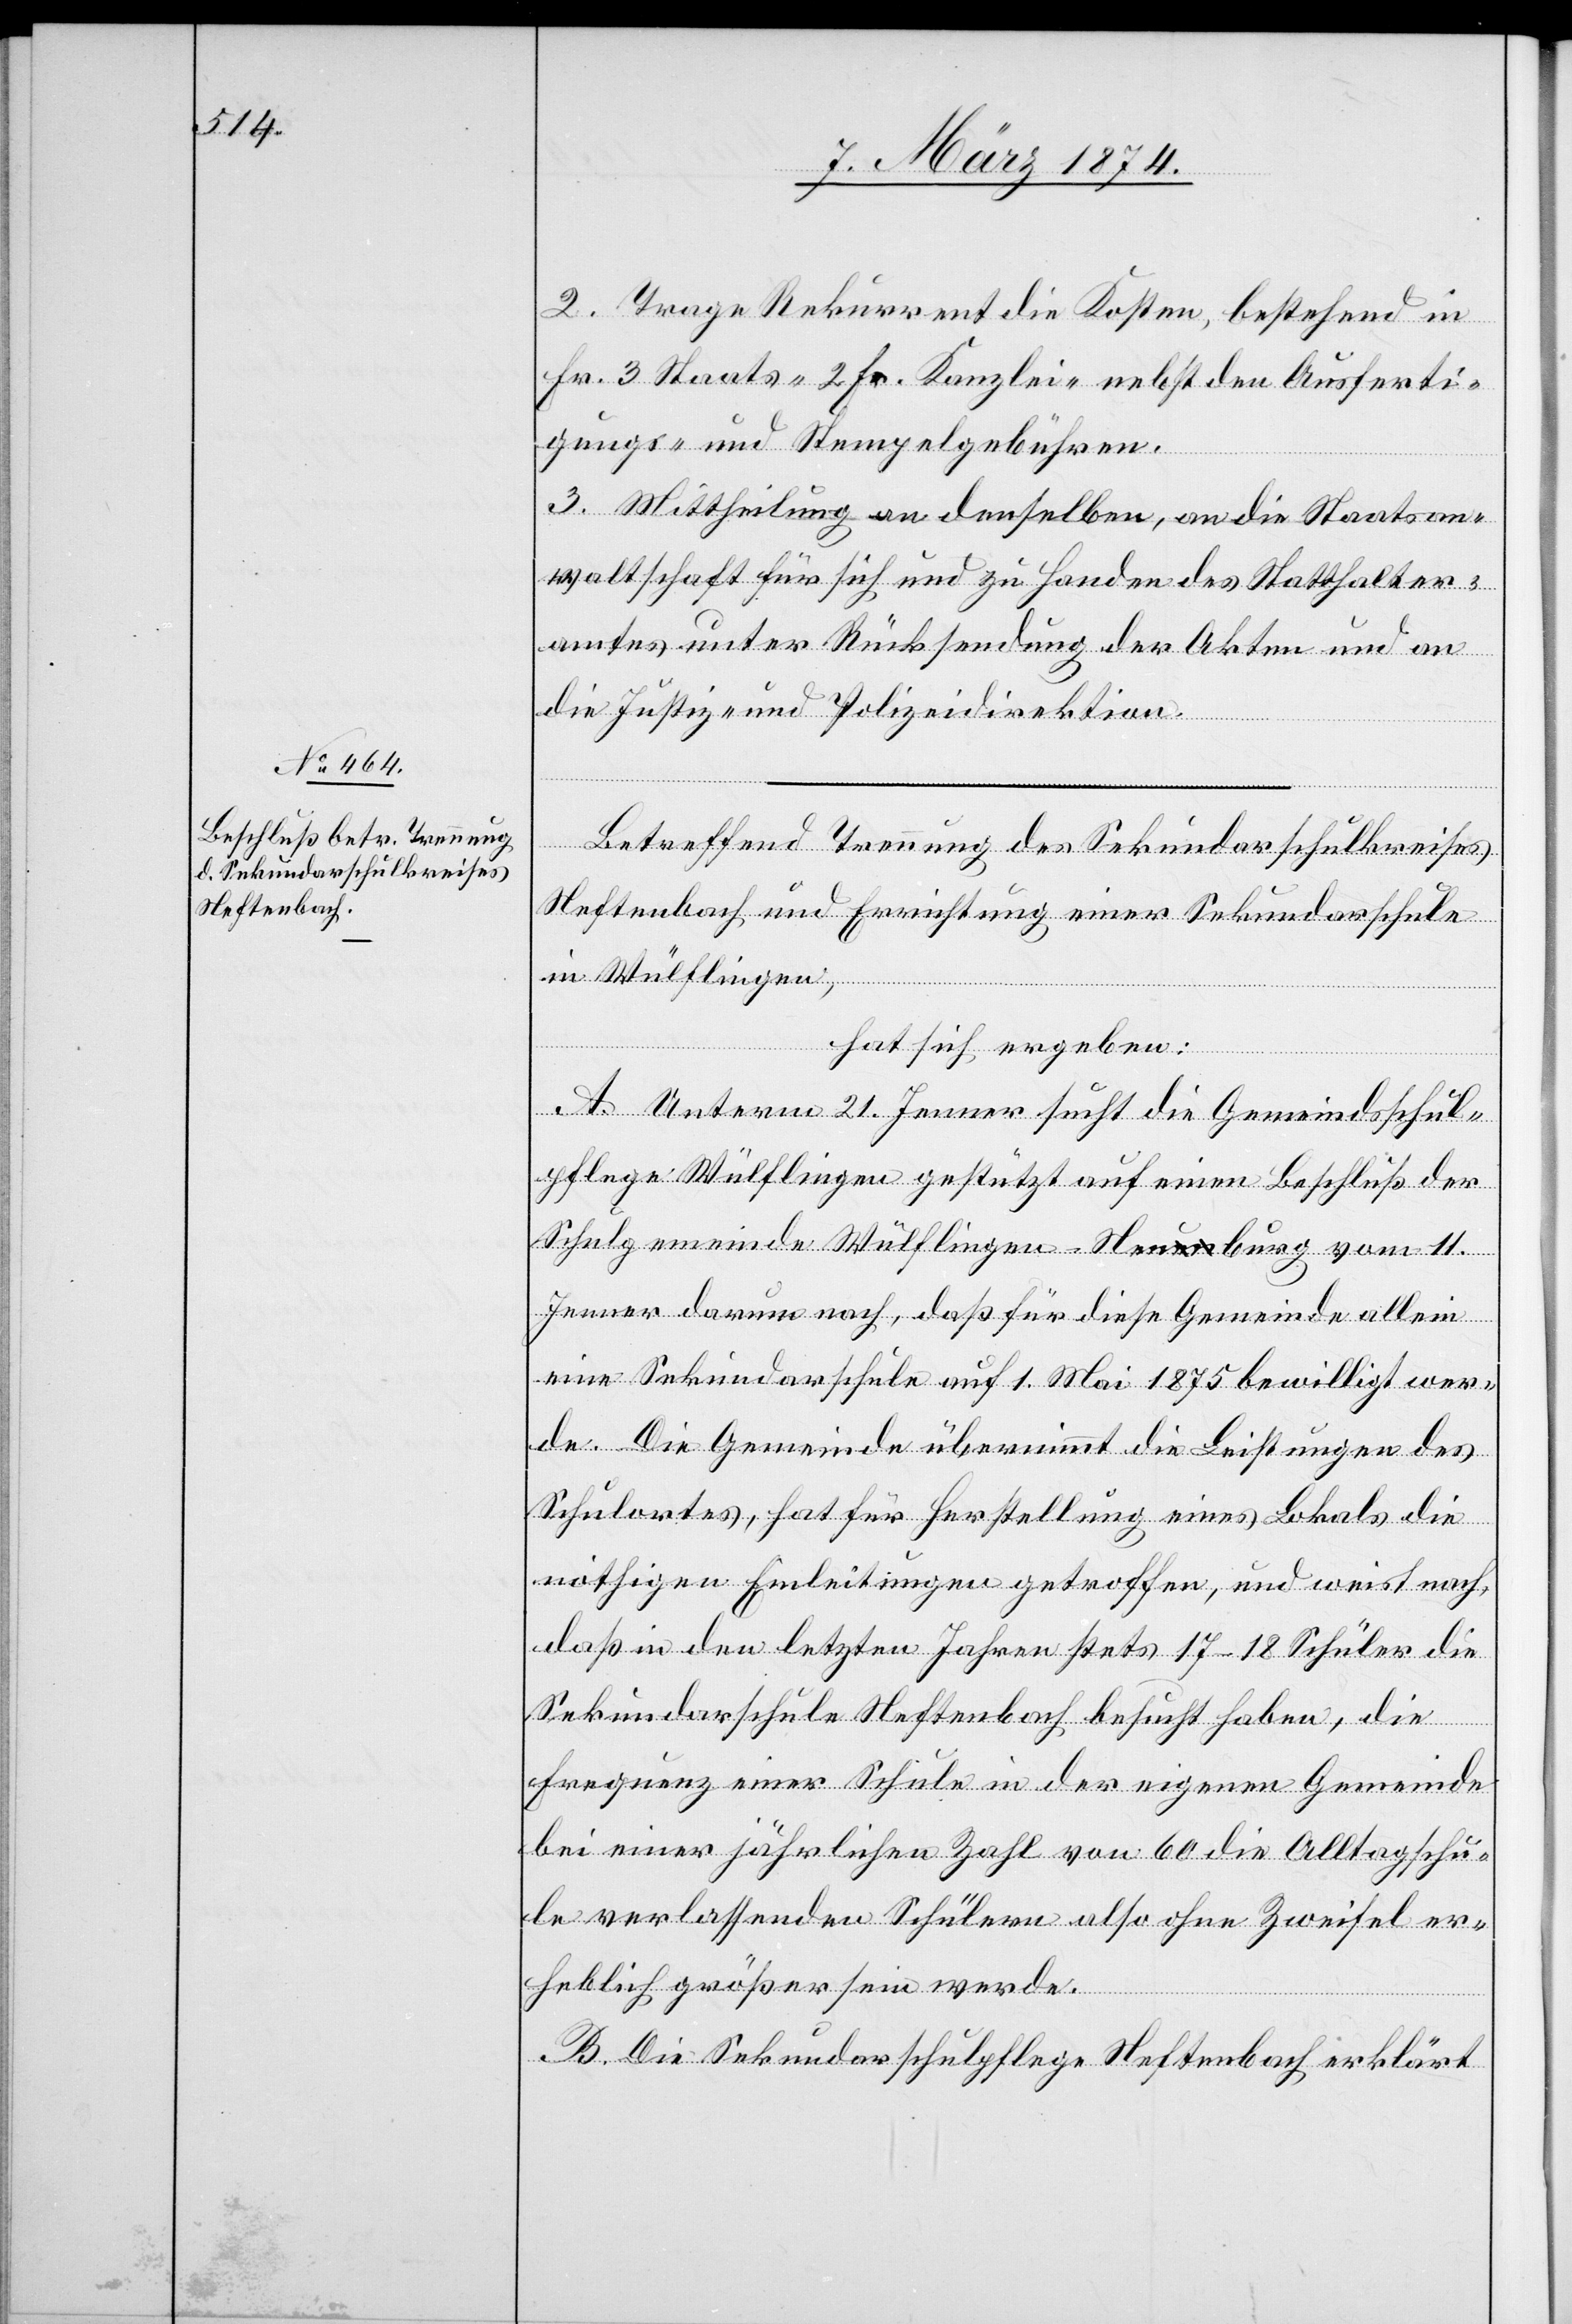
2. Trage Rekurrent die Kosten, bestehend in
Fr. 3 Staats-[,] 2 Fr. Kanzlei- nebst den Ausferti¬
gungs- und Stempelgebühren.
3. Mittheilung an denselben, an die Staatsan¬
waltschaft für sich und zu Handen des Statthalter¬
amtes unter Rücksendung der Akten und an
die Justiz- und Polizeidirektion.
Betreffend Trennung des Sekundarschulkreises
Neftenbach und Errichtung einer Sekundarschule
in Wülflingen,
hat sich ergeben:
A. Unterm 21. Jenner sucht die Gemeindschul¬
pflege Wülflingen gestützt auf einen Beschluß der
Schulgemeinde Wülflingen-Neuburg vom 11.
Jenner darum nach, daß für diese Gemeinde allein
eine Sekundarschule auf 1. Mai 1875 bewilligt wer¬
de. Die Gemeinde übernimmt die Leistungen des
Schulortes, hat für Herstellung eines Lokals die
nöthigen Einleitungen getroffen, und weist nach,
daß in den letzten Jahren stets 17–18 Schüler die
Sekundarschule Neftenbach besucht haben, die
Frequenz einer Schule in der eigenen Gemeinde
bei einer jährlichen Zahl von 60 die Alltagschu¬
le verlassenden Schülern also ohne Zweifel er¬
heblich größer sein werde.
B. Die Sekundarschulpflege Neftenbach erklärt